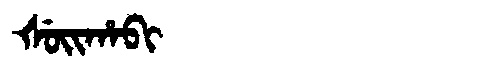
Manchu: ᡧᡠᡳᡥᠠᠪᡳ
Romanization: ŠUIHABI